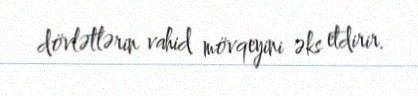
dövlətlərin vahid mövqeyini əks etdirir.